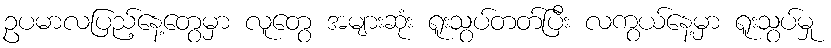
ဥပမာလပြည့်နေ့တွေမှာ လူတွေ အများဆုံး ရူးသွပ်တတ်ပြီး လကွယ်နေ့မှာ ရူးသွပ်မှု